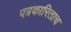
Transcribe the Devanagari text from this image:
पत्रकारिताच